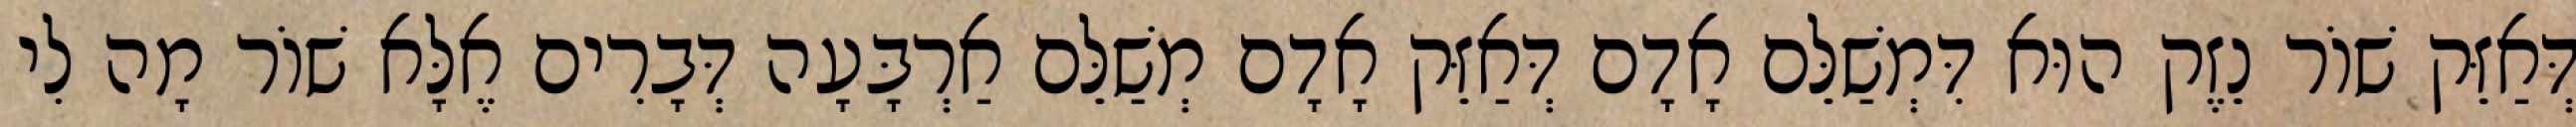
דְּאַזֵּק שׁוֹר נֵזֶק הוּא דִּמְשַׁלֵּם אָדָם דְּאַזֵּק אָדָם מְשַׁלֵּם אַרְבָּעָה דְּבָרִים אֶלָּא שׁוֹר מָה לִי